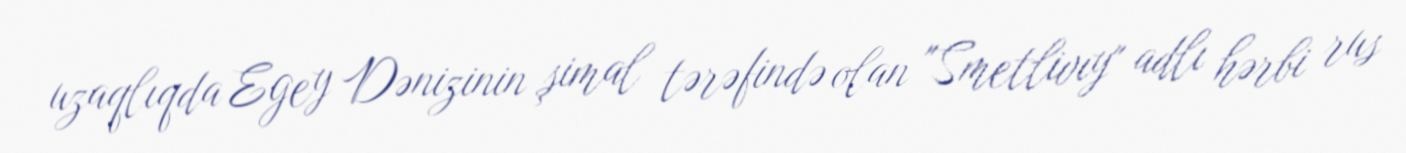
uzaqlıqda Egey Dənizinin şimal tərəfində olan "Smetlivıy" adlı hərbi rus